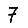
Digit: 7